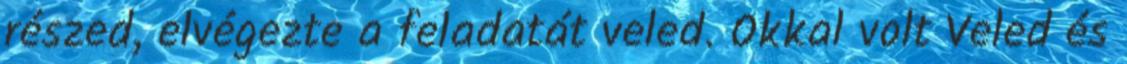
részed, elvégezte a feladatát veled. Okkal volt Veled és